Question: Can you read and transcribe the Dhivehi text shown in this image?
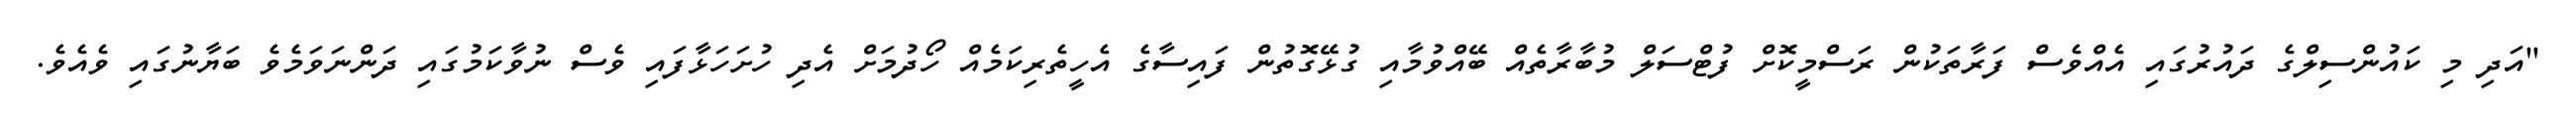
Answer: "އަދި މި ކައުންސިލްގެ ދައުރުގައި އެއްވެސް ފަރާތަކުން ރަސްމީކޮށް ފުޓްސަލް މުބާރާތެއް ބޭއްވުމާއި ގުޅޭގޮތުން ފައިސާގެ އެހީތެރިކަމެއް ހޯދުމަށް އެދި ހުށަހަޅާފައި ވެސް ނުވާކަމުގައި ދަންނަވަމެވެ ބަޔާނުގައި ވެއެވެ.